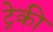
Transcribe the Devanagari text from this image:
ट्रेकी